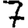
Digit: 7